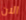
الان